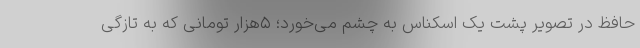
حافظ در تصویر پشت یک اسکناس به چشم می‌خورد؛‌ ۵هزار تومانی که به تازگی